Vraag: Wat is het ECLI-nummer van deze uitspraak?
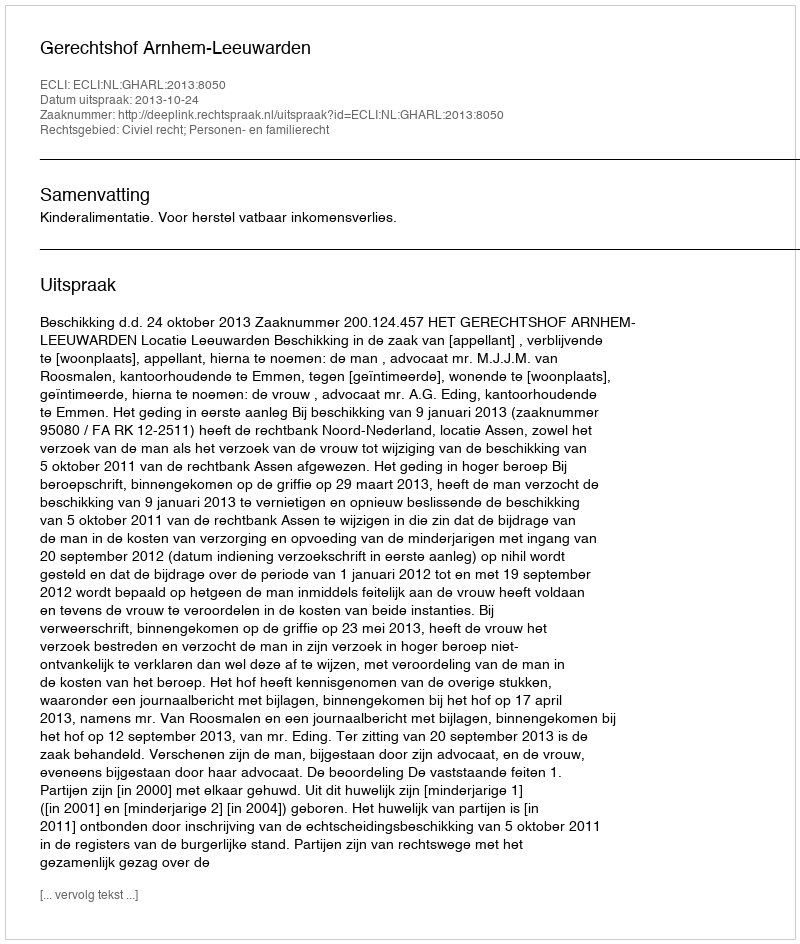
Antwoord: ECLI:NL:GHARL:2013:8050